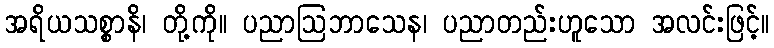
အရိယသစ္စာနိ၊ တို့ကို။ ပညာဩဘာသေန၊ ပညာတည်းဟူသော အလင်းဖြင့်။